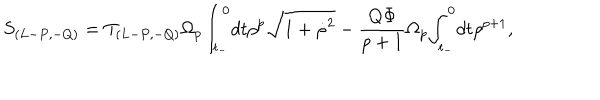
LaTeX: S _ { ( L - P , - Q ) } = T _ { ( L - P , - Q ) } { \Omega } _ { p } { \int } _ { t _ { - } } ^ { 0 } d t { \rho } ^ { p } \sqrt { 1 + { \dot { \rho } } ^ { 2 } } - \frac { Q { \Phi } } { p + 1 } { \Omega } _ { p } { \int } _ { t _ { - } } ^ { 0 } d t { \rho } ^ { p + 1 } ,